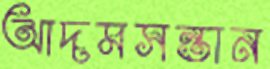
আদমসন্তান